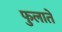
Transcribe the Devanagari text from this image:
फुलाते